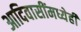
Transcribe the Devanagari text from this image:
आदिवासींमध्येही